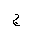
Letter: _gim